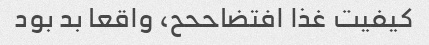
کیفیت غذا افتضاححح، واقعا بد بود